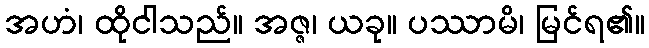
အဟံ၊ ထိုငါသည်။ အဇ္ဇ၊ ယခု။ ပဿာမိ၊ မြင်ရ၏။